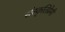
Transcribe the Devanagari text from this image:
संस्कृतिप्रेमी